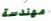
مهندسة